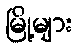
မြို့များ